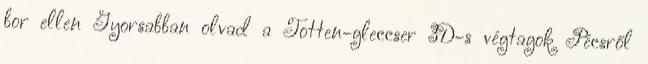
bor ellen Gyorsabban olvad a Totten-gleccser 3D-s végtagok Pécsről